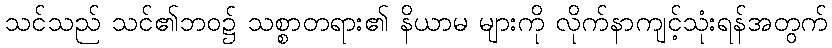
သင်သည် သင်၏ဘဝ၌ သစ္စာတရား၏ နိယာမ များကို လိုက်နာကျင့်သုံးရန်အတွက်